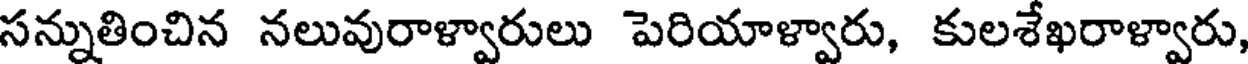
సన్నుతించిన నలువురాళ్వారులు పెరియాళ్వారు, కులశేఖరాళ్వారు,